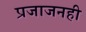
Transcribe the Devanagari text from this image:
प्रजाजनही